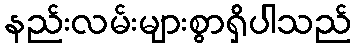
နည်းလမ်းများစွာရှိပါသည်